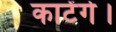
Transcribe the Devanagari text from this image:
काटेंगे।